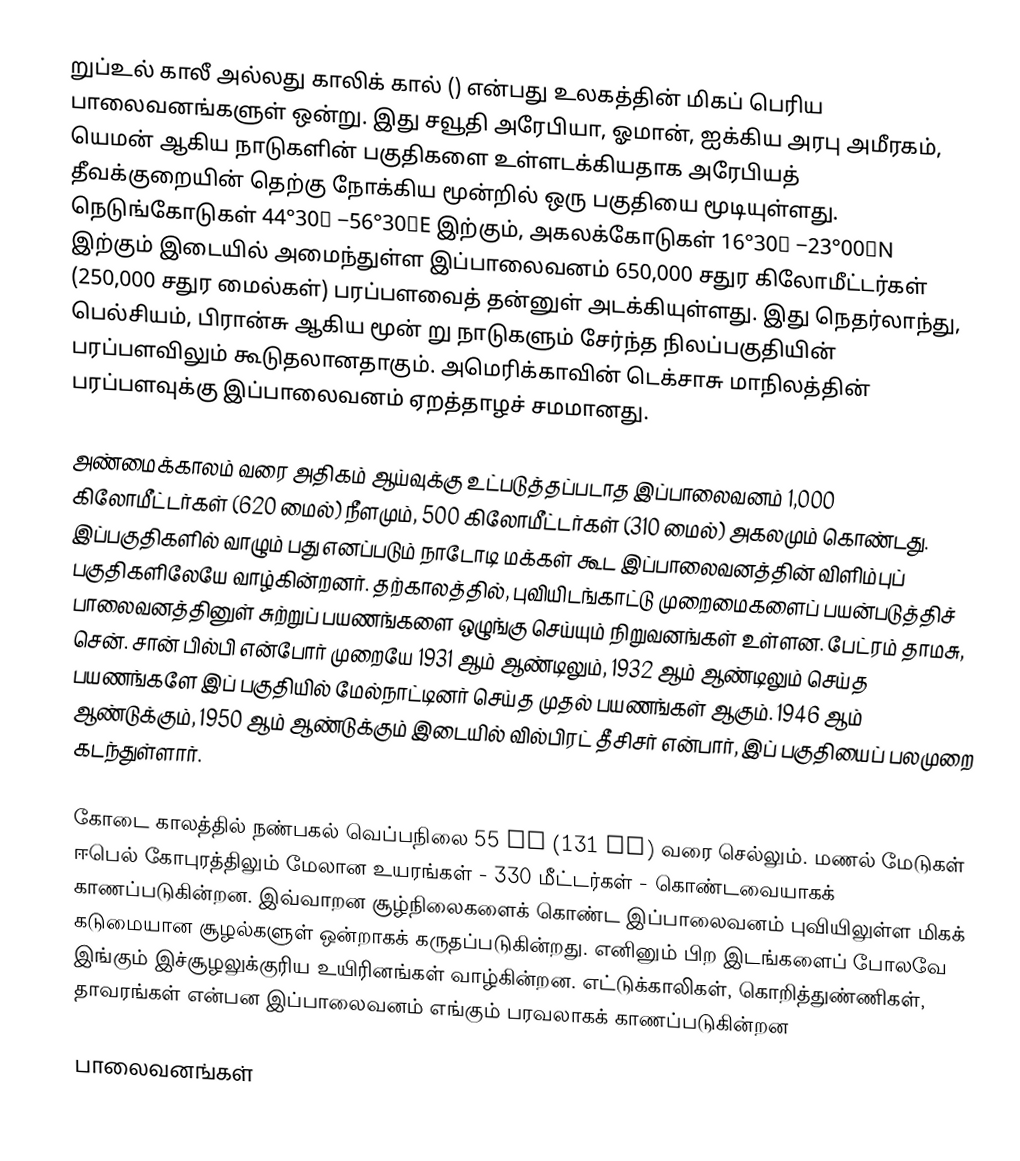
றுப்உல் காலீ அல்லது காலிக் கால் () என்பது உலகத்தின் மிகப் பெரிய பாலைவனங்களுள் ஒன்று. இது சவூதி அரேபியா, ஓமான், ஐக்கிய அரபு அமீரகம், யெமன் ஆகிய நாடுகளின் பகுதிகளை உள்ளடக்கியதாக அரேபியத் தீவக்குறையின் தெற்கு நோக்கிய மூன்றில் ஒரு பகுதியை மூடியுள்ளது. நெடுங்கோடுகள் 44°30′ −56°30′E இற்கும், அகலக்கோடுகள் 16°30′ −23°00′N இற்கும் இடையில் அமைந்துள்ள இப்பாலைவனம் 650,000 சதுர கிலோமீட்டர்கள் (250,000 சதுர மைல்கள்) பரப்பளவைத் தன்னுள் அடக்கியுள்ளது. இது நெதர்லாந்து, பெல்சியம், பிரான்சு ஆகிய மூன் று நாடுகளும் சேர்ந்த நிலப்பகுதியின் பரப்பளவிலும் கூடுதலானதாகும். அமெரிக்காவின் டெக்சாசு மாநிலத்தின் பரப்பளவுக்கு இப்பாலைவனம் ஏறத்தாழச் சமமானது.

அண்மைக்காலம் வரை அதிகம் ஆய்வுக்கு உட்படுத்தப்படாத இப்பாலைவனம் 1,000 கிலோமீட்டர்கள் (620 மைல்) நீளமும், 500 கிலோமீட்டர்கள் (310 மைல்) அகலமும் கொண்டது. இப்பகுதிகளில் வாழும் பது எனப்படும் நாடோடி மக்கள் கூட இப்பாலைவனத்தின் விளிம்புப் பகுதிகளிலேயே வாழ்கின்றனர். தற்காலத்தில், புவியிடங்காட்டு முறைமைகளைப் பயன்படுத்திச் பாலைவனத்தினுள் சுற்றுப் பயணங்களை ஒழுங்கு செய்யும் நிறுவனங்கள் உள்ளன. பேட்ரம் தாமசு, சென். சான் பில்பி என்போர் முறையே 1931 ஆம் ஆண்டிலும், 1932 ஆம் ஆண்டிலும் செய்த பயணங்களே இப் பகுதியில் மேல்நாட்டினர் செய்த முதல் பயணங்கள் ஆகும். 1946 ஆம் ஆண்டுக்கும், 1950 ஆம் ஆண்டுக்கும் இடையில் வில்பிரட் தீசிசர் என்பார், இப் பகுதியைப் பலமுறை கடந்துள்ளார்.

கோடை காலத்தில் நண்பகல் வெப்பநிலை  55 °C (131 °F) வரை செல்லும். மணல் மேடுகள் ஈபெல் கோபுரத்திலும் மேலான உயரங்கள் - 330 மீட்டர்கள் - கொண்டவையாகக் காணப்படுகின்றன. இவ்வாறன சூழ்நிலைகளைக் கொண்ட இப்பாலைவனம் புவியிலுள்ள மிகக் கடுமையான சூழல்களுள் ஒன்றாகக் கருதப்படுகின்றது. எனினும் பிற இடங்களைப் போலவே இங்கும் இச்சூழலுக்குரிய உயிரினங்கள் வாழ்கின்றன. எட்டுக்காலிகள், கொறித்துண்ணிகள், தாவரங்கள் என்பன இப்பாலைவனம் எங்கும் பரவலாகக் காணப்படுகின்றன

பாலைவனங்கள்